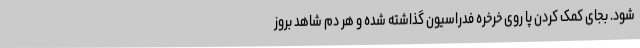
شود. بجای کمک کردن پا روی خرخره فدراسیون گذاشته شده و هر دم شاهد بروز